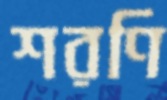
শরণি